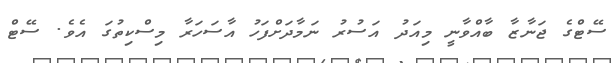
ސޭޓްގެ ޖަނާޒާ ބާއްވާނީ މިއަދު އަސުރު ނަމާދަށްފަހު އާސަހަރާ މިސްކިތުގަ އެވެ. ސޭޓް